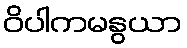
ဝိပါကမနွယာ